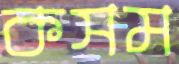
কসম